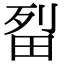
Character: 㽝